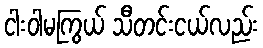
ငါးဝါမကြွယ် သီတင်းငယ်လည်း